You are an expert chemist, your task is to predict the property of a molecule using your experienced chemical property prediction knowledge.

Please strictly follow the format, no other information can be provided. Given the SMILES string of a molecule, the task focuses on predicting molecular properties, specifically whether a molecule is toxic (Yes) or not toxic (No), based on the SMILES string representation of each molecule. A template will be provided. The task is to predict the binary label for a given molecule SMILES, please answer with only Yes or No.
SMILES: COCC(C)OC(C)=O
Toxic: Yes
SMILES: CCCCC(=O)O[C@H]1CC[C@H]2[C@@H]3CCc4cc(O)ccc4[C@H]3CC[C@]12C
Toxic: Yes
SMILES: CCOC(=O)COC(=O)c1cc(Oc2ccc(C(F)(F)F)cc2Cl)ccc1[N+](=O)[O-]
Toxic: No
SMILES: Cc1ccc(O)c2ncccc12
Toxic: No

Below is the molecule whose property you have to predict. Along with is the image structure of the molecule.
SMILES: C=Cc1ccc(C(C)(C)C)cc1
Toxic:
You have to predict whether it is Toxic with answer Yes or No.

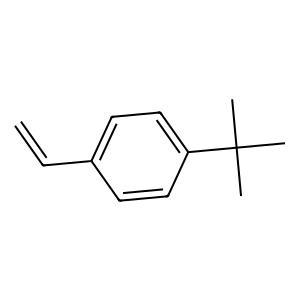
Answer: No